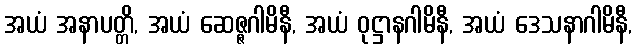
အယံ အနာပတ္တိ, အယံ ဆေဇ္ဇဂါမိနီ, အယံ ဝုဋ္ဌာနဂါမိနီ, အယံ ဒေသနာဂါမိနီ,